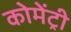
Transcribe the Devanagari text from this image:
कोमेंट्री